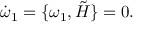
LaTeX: \dot { \omega } _ { 1 } = \lbrace \omega _ { 1 } , \tilde { H } \rbrace = 0 .